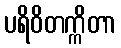
ပရိဝိတက္ကိတာ